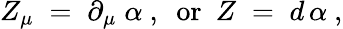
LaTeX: Z_{\mu}\; =\; \partial_{\mu}\; \alpha~,~~\mathrm{or}~~Z\; =\; d\, \alpha~,